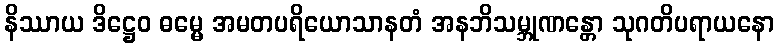
နိဿာယ ဒိဋ္ဌေဝ ဓမ္မေ အမတပရိယောသာနတံ အနဘိသမ္ဘုဏန္တော သုဂတိပရာယနော